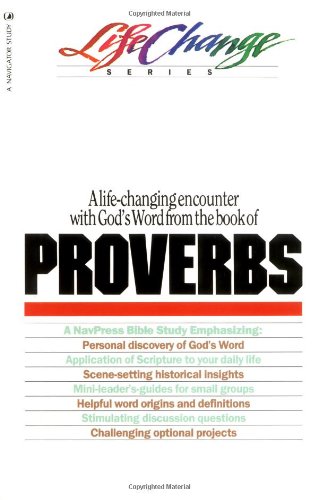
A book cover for Proverbs (LifeChange); Christian Books & Bibles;